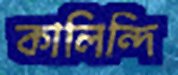
কালিন্দি